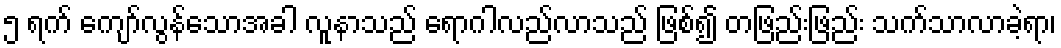
၅ ရက် ကျော်လွန်သောအခါ လူနာသည် ရောဂါလည်လာသည် ဖြစ်၍ တဖြည်းဖြည်း သက်သာလာခဲ့ရာ၊